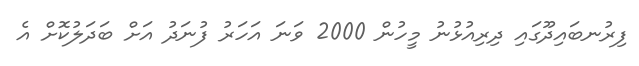
ފިރުނބައިދޫގައި ދިރިއުޅުނު މީހުން 2000 ވަނަ އަހަރު ފުނަދު އަށް ބަދަލުކޮށް އެ